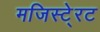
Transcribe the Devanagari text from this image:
मजिस्टे्रट